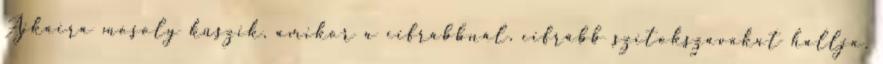
Ajkaira mosoly kúszik, amikor a cifrábbnál, cifrább szitokszavakat hallja.